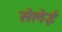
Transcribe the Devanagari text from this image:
सेलेई